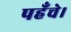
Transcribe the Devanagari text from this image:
पहँचे।